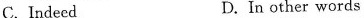
C.Indeed D.In other words